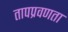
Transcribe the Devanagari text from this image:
तापप्रवणता